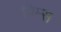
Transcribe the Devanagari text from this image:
विम्स